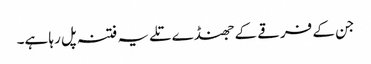
جن کے فرقے کے جھنڈے تلے یہ فتنہ پل رہا ہے۔